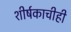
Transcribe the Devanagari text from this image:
शीर्षकाचीही